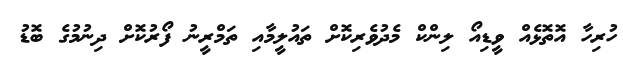
ހުރިހާ އޮތޮޅެއް ވީޑިއޯ ލިންކް މެދުވެރިކޮށް ތައުލީމާއި ތަމްރީނު ފޯރުކޮށް ދިނުމުގެ ބޮޑު